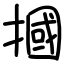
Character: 摑